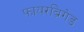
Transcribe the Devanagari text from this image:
फायरब्रिगेड